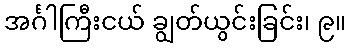
အင်္ဂါကြီးငယ် ချွတ်ယွင်းခြင်း၊ ၉။